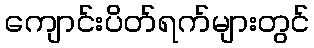
ကျောင်းပိတ်ရက်များတွင်